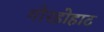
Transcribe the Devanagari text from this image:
गोरहोहाट